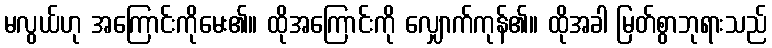
မလွယ်ဟု အကြောင်းကိုမေး၏။ ထိုအကြောင်းကို လျှောက်ကုန်၏။ ထိုအခါ မြတ်စွာဘုရားသည်